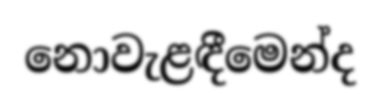
නොවැළඳීමෙන්ද